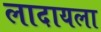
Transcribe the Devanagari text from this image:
लादायला